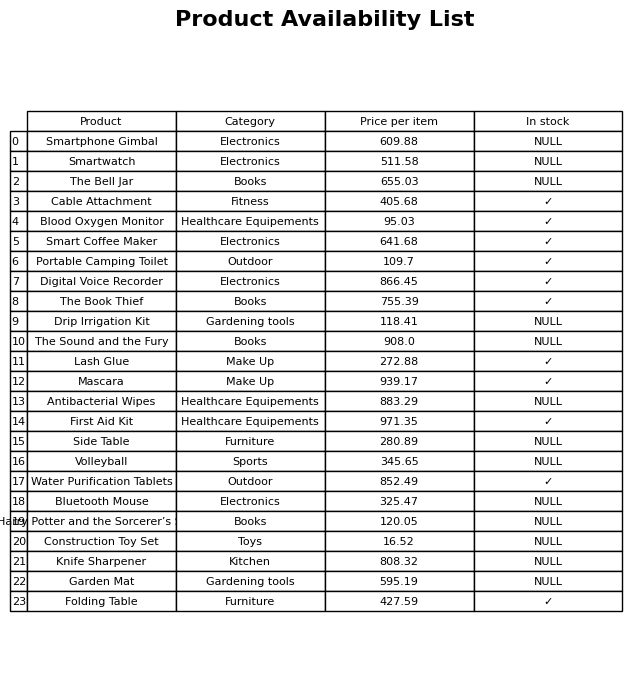
question: What is the price for Side Table?
answer: The price of Side Table is 280.89.